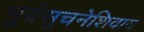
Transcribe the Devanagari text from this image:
पूर्वसूचनेशिवाय